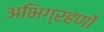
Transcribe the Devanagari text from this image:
अभिग्रहणों